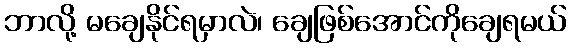
ဘာလို့ မချေနိုင်ရမှာလဲ၊ ချေဖြစ်အောင်ကိုချေရမယ်